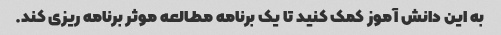
به این دانش آموز کمک کنید تا یک برنامه مطالعه موثر برنامه ریزی کند.